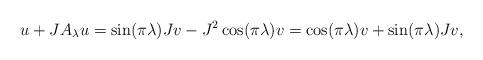
LaTeX: \begin{align*}u+JA_\lambda u=\sin(\pi\lambda)Jv-J^2\cos(\pi\lambda)v=\cos(\pi\lambda)v+\sin(\pi\lambda)Jv,\end{align*}